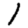
Digit: 1